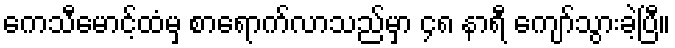
ကေသီမောင့်ထံမှ စာရောက်လာသည်မှာ ၄၈ နာရီ ကျော်သွားခဲ့ပြီ။